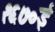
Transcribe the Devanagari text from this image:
१६७०ई